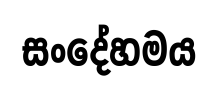
සංදේහමය